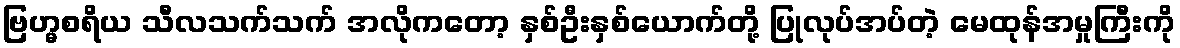
ဗြဟ္မစရိယ သီလသက်သက် အလိုကတော့ နှစ်ဦးနှစ်ယောက်တို့ ပြုလုပ်အပ်တဲ့ မေထုန်အမှုကြီးကို